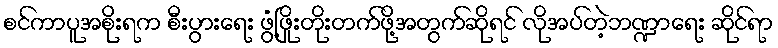
စင်ကာပူအစိုးရက စီးပွားရေး ဖွံ့ဖြိုးတိုးတက်ဖို့အတွက်ဆိုရင် လိုအပ်တဲ့ဘဏ္ဍာရေး ဆိုင်ရာ